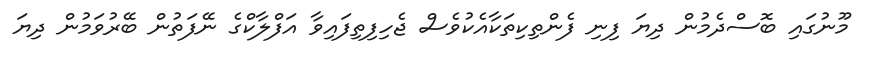
މޫނުގައި ބޮސްދެމުން ދިޔަ ފިނި ފެންތިކިތަކާއެކުވެސް ޖެހިފިތިފައިވާ އަފްލާކްގެ ނޭފަތުން ބޭރުވަމުން ދިޔަ